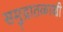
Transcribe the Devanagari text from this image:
समुद्रातळाशी